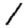
Digit: 1